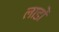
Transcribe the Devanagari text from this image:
लाडों